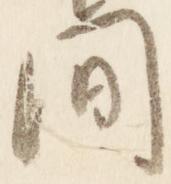
間